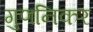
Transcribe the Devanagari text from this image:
गुणनिकर